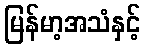
မြန်မာ့အသံနှင့်